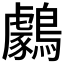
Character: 𪆺